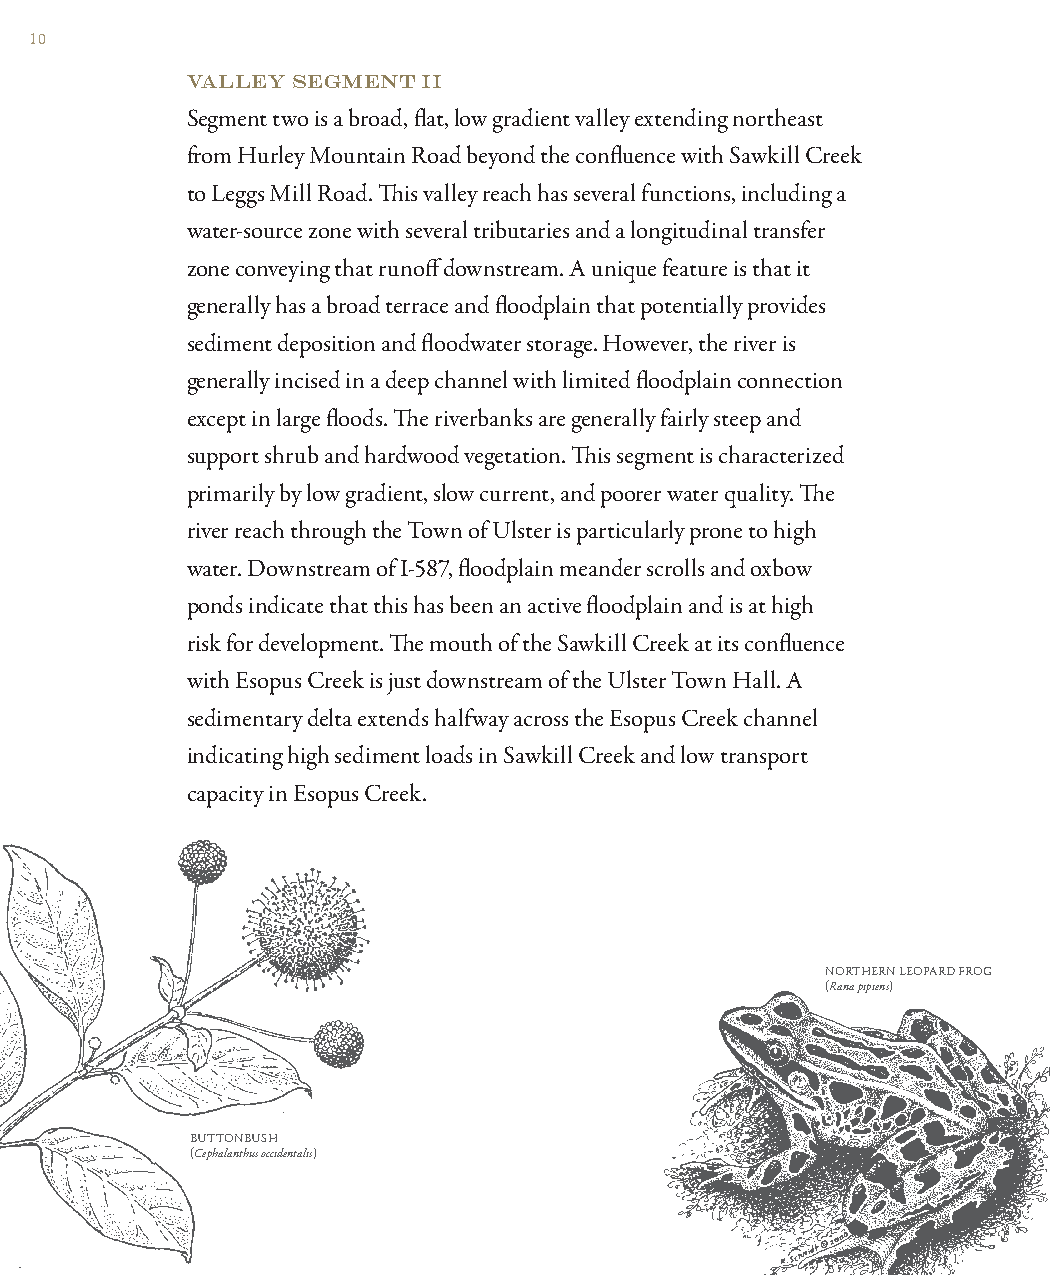
10
 VALLEY SEGMENT  II
 Segment two is a broad, fl at, low gradient valley extending northeast
 from Hurley Mountain Road beyond the confl uence with Sawkill Creek
 to Leggs Mill Road. Th is valley reach has several functions, including a
 water-source zone with several tributaries and a longitudinal transfer
 zone conveying that runoff downstream. A unique feature is that it
 generally has a broad terrace and fl oodplain that potentially provides
 sediment deposition and fl oodwater storage. However, the river is
 generally incised in a deep channel with limited fl oodplain connection
 except in large fl oods. Th e riverbanks are generally fairly steep and
 support shrub and hardwood vegetation. Th is segment is characterized
 primarily by low gradient, slow current, and poorer water quality. Th e
 river reach through the Town of Ulster is particularly prone to high
 water. Downstream of I-587, fl oodplain meander scrolls and oxbow
 ponds indicate that this has been an active fl oodplain and is at high
 risk for development. Th e mouth of the Sawkill Creek at its confl uence
 with Esopus Creek is just downstream of the Ulster Town Hall. A
 sedimentary delta extends halfway across the Esopus Creek channel
 indicating high sediment loads in Sawkill Creek and low transport
 capacity in Esopus Creek.
 NORTHERN LEOPARD FROG
 (Rana pipiens)
 BUTTONBUSH
 (Cephalanthus occidentalis)
 13077 Watershed_Rev.indd Sec1:10                             5/16/11 12:53 PM